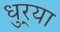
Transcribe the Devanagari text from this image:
धुर्‍या